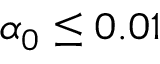
\alpha _ { 0 } \leq 0 . 0 1